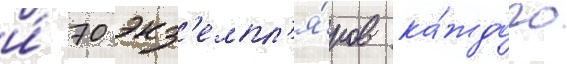
и́ 70 экз'емпл'я́ров ка́ждого